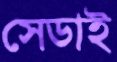
সেডাই